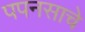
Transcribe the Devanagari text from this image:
पपनसाचे